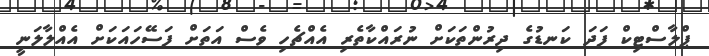
ޕްލާސްޓިކް ފަދަ ކަނޑުގެ ދިރުންތަކަށް ނުރައްކާތެރި އެއްޗެހި ވެސް އަތަށް ފަސޭހައަކަށް އެއްލާލަނީ